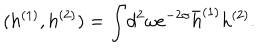
LaTeX: ( h ^ { ( 1 ) } , h ^ { ( 2 ) } ) = \int \! d ^ { 2 } \omega e ^ { - 2 \sigma } \bar { h } ^ { ( 1 ) } h ^ { ( 2 ) } .